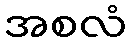
အစလံ